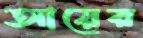
আয়ের